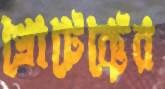
প্রোটেক্টের